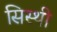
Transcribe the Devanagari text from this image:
सिस्थी